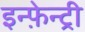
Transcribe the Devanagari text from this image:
इन्फ़ेन्ट्री